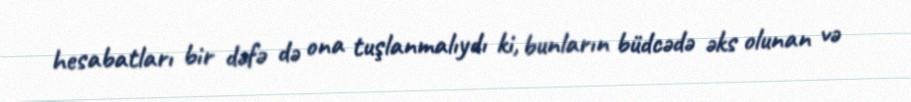
hesabatları bir dəfə də ona tuşlanmalıydı ki, bunların büdcədə əks olunan və